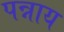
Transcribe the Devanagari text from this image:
पन्नाय